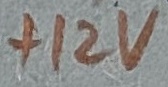
Text: +12V